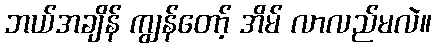
ဘယ်အချိန် ကျွန်တော့် အိမ် လာလည်မလဲ။